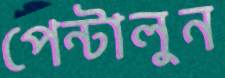
পেন্টালুন